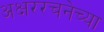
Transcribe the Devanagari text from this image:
अक्षररचनेच्या